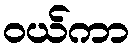
ဝယ်ကာ